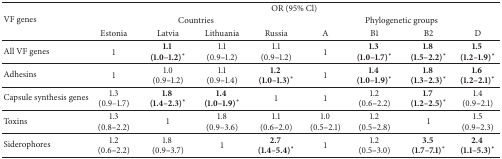
<table><thead><tr><td rowspan="3"><b>VF genes</b></td><td colspan="8"><b>OR (95% Cl)</b></td></tr><tr><td colspan="4"><b>Countries</b></td><td colspan="4"><b>Phylogenetic groups</b></td></tr><tr><td><b>Estonia</b></td><td><b>Latvia</b></td><td><b>Lithuania</b></td><td><b>Russia</b></td><td><b>A</b></td><td><b>B1</b></td><td><b>B2</b></td><td><b>D</b></td></tr></thead><tbody><tr><td>All VF genes</td><td>1</td><td><b>1.1</b> <b>(1.0–1.2)</b>∗</td><td>1.1 (0.9–1.2)</td><td>1.1 (0.9–1.2)</td><td>1</td><td><b>1.3</b> <b>(1.0–1.7)</b>∗</td><td><b>1.8</b> <b>(1.5–2.2)</b>∗</td><td><b>1.5</b> <b> (1.2–1.9)</b>∗</td></tr><tr><td>Adhesins</td><td>1</td><td>1.0 (0.9–1.2)</td><td>1.1 (0.9–1.4)</td><td><b>1.2</b> <b>(1.0–1.3)</b>∗</td><td>1</td><td><b>1.4</b> <b>(1.0–1.9)</b>∗</td><td><b>1.8</b> <b>(1.3–2.3)</b>∗</td><td><b>1.6</b> <b>(1.2–2.1)</b>∗</td></tr><tr><td>Capsule synthesis genes</td><td>1.3 (0.9–1.7)</td><td><b>1.8</b> <b>(1.4–2.3)</b>∗</td><td><b>1.4</b> <b>(1.0–1.9)</b>∗</td><td>1</td><td>1</td><td>1.2 (0.6–2.2)</td><td><b>1.7</b> <b>(1.2–2.5)</b>∗</td><td>1.4 (0.9–2.1)</td></tr><tr><td>Toxins</td><td>1.3 (0.8–2.2)</td><td>1</td><td>1.8 (0.9–3.6)</td><td>1.1 (0.6–2.0)</td><td>1.0 (0.5–2.1)</td><td>1.2 (0.5–2.8)</td><td>1</td><td>1.5 (0.9–2.3)</td></tr><tr><td>Siderophores</td><td>1.2 (0.6–2.2)</td><td>1.8(0.9–3.7)</td><td>1</td><td><b>2.7</b> <b>(1.4–5.4)</b>∗</td><td>1</td><td>1.2 (0.5–3.0)</td><td><b>3.5</b> <b>(1.7–7.1)</b>∗</td><td><b>2.4</b> <b>(1.1–5.3)</b>∗</td></tr></tbody></table>